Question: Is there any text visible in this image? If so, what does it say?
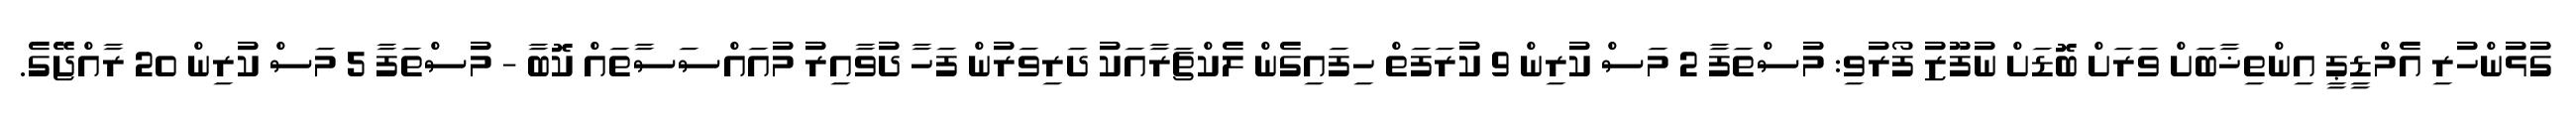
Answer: ގުޅުންހުރި އެމްޑީޕީ އިންތިޚާބަށް ވަރަށް ބޮޑަށް ނުފޫޒު ފޯރުވި: މުސްތަފާ 2 މަސް ކުރިން 9 ކުރަފަތް ހިފައިގެން ލެކްޗަރާއަކު ދަރިވަރުން ފަހާ ދުވާއިރު މުއައްސަސާތައް ކޮބާ - މުސްތަފާ 5 މަސް ކުރިން 20 ރާއްޖޭގެ.